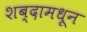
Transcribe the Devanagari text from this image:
शब्दामधून